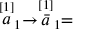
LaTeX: \stackrel { \lbrack 1 ] } { a } _ { 1 } \rightarrow \stackrel { [ 1 ] } { \bar { a } } _ { 1 } =